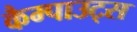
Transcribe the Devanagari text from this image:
कैम्पाउट्स